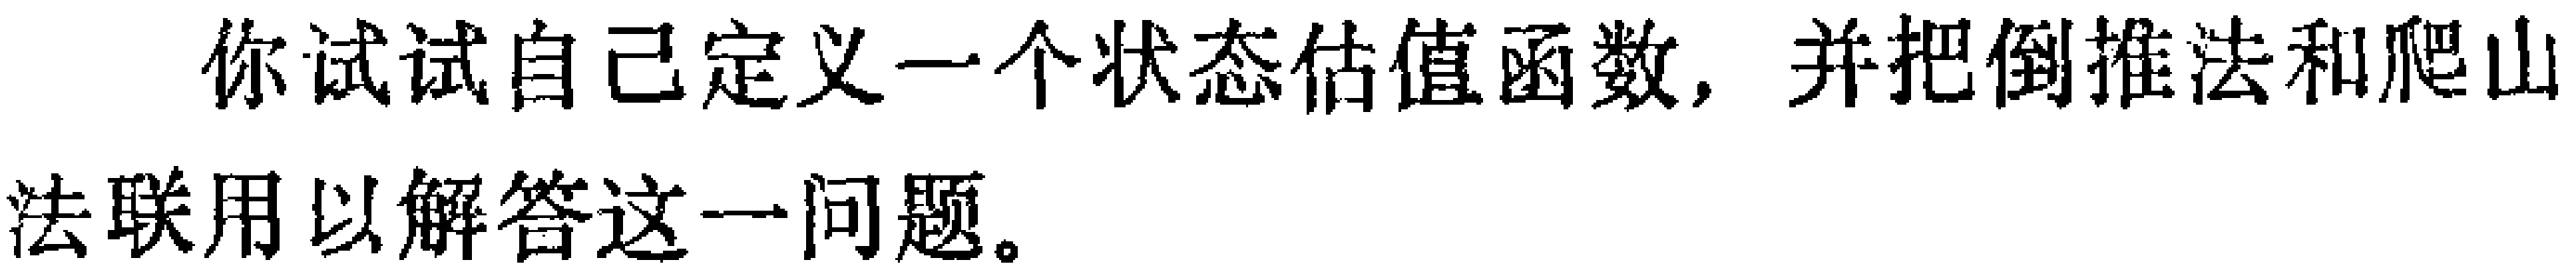
你试试自己定义一个状态估值函数，并把倒推法和爬山法联用以解答这一问题。